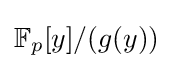
{\textstyle \mathbb {F} _{p}[y]/(g(y))}